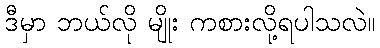
ဒီမှာ ဘယ်လို မျိုး ကစားလို့ရပါသလဲ။